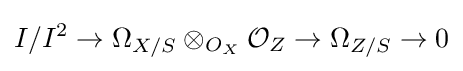
I/I^{2}\to \Omega _{X/S}\otimes _{O_{X}}{\mathcal {O}}_{Z}\to \Omega _{Z/S}\to 0